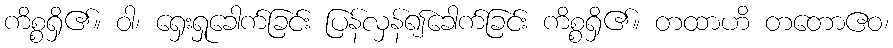
ကိစ္စရှိ၏။ ဝါ၊ ရှေးရှုခေါက်ခြင်း ပြန်လှန်၍ခေါက်ခြင်း ကိစ္စရှိ၏။ တထာဟိ တတောဧဝ၊